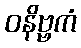
ဝနိဗ္ဗကံ